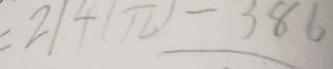
= 2 1 4 ( \pi ) - 3 8 6